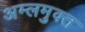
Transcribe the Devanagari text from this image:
अम्लमुक्त